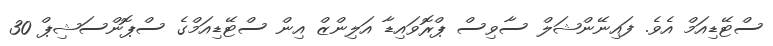
ސްޓޭޑިއަމް އެވެ. ފައިނޭންޝަލް ސާވިސް ޕްރޮވައިޑާ އަލިންޒް އިން ސްޓޭޑިއަމްގެ ސްޕޮންސަޝިޕް 30